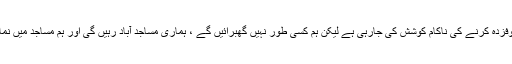
ایسے واقعات سے مسلمانوں کو خوفزدہ کرنے کی ناکام کوشش کی جارہی ہے لیکن ہم کسی طور نہیں گھبرائیں گے ، ہماری مساجد آباد رہیں گی اور ہم مساجد میں نماز کی ادائیگیاں جاری رکھیں گے۔